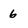
Character: 6